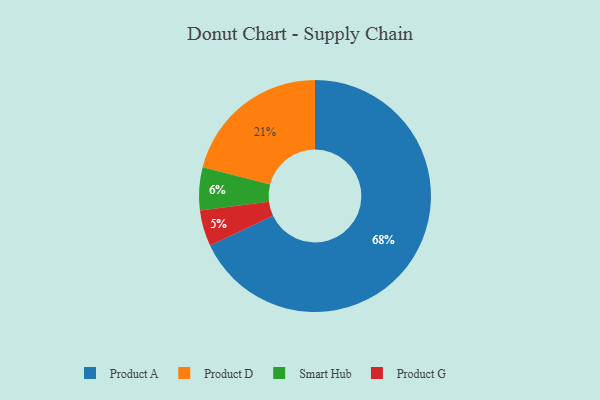
{"axis": {"x": "Category", "y": "Percentage"}, "legend": ["Product A", "Product D", "Product G", "Smart Hub"], "data": [{"x": "Product D", "y": 21, "type": "Product D"}, {"x": "Smart Hub", "y": 6, "type": "Smart Hub"}, {"x": "Product A", "y": 68, "type": "Product A"}, {"x": "Product G", "y": 5, "type": "Product G"}]}